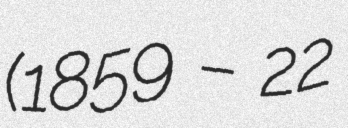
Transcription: (1859 – 22